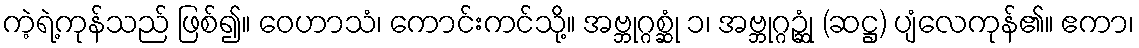
ကဲ့ရဲ့ကုန်သည် ဖြစ်၍။ ဝေဟာသံ၊ ကောင်းကင်သို့။ အဗ္ဘုဂ္ဂစ္ဆုံ ၁၊ အဗ္ဘုဂ္ဂဉ္ဆုံ (ဆဋ္ဌ) ပျံလေကုန်၏။ ဧကာ၊